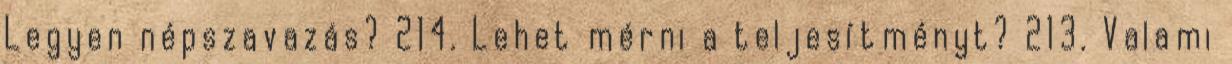
Legyen népszavazás? 214. Lehet mérni a teljesítményt? 213. Valami